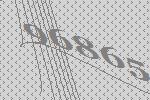
96865